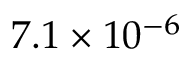
7 . 1 \times 1 0 ^ { - 6 }